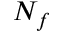
N _ { f }